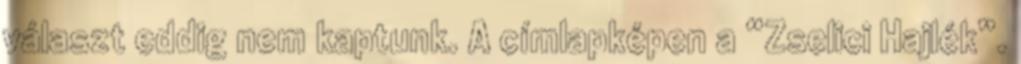
választ eddig nem kaptunk. A címlapképen a “Zselici Hajlék”.